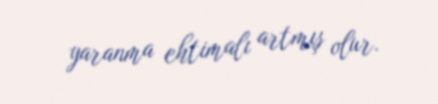
yaranma ehtimalı artmış olur.